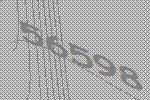
56598